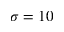
\sigma = 1 0